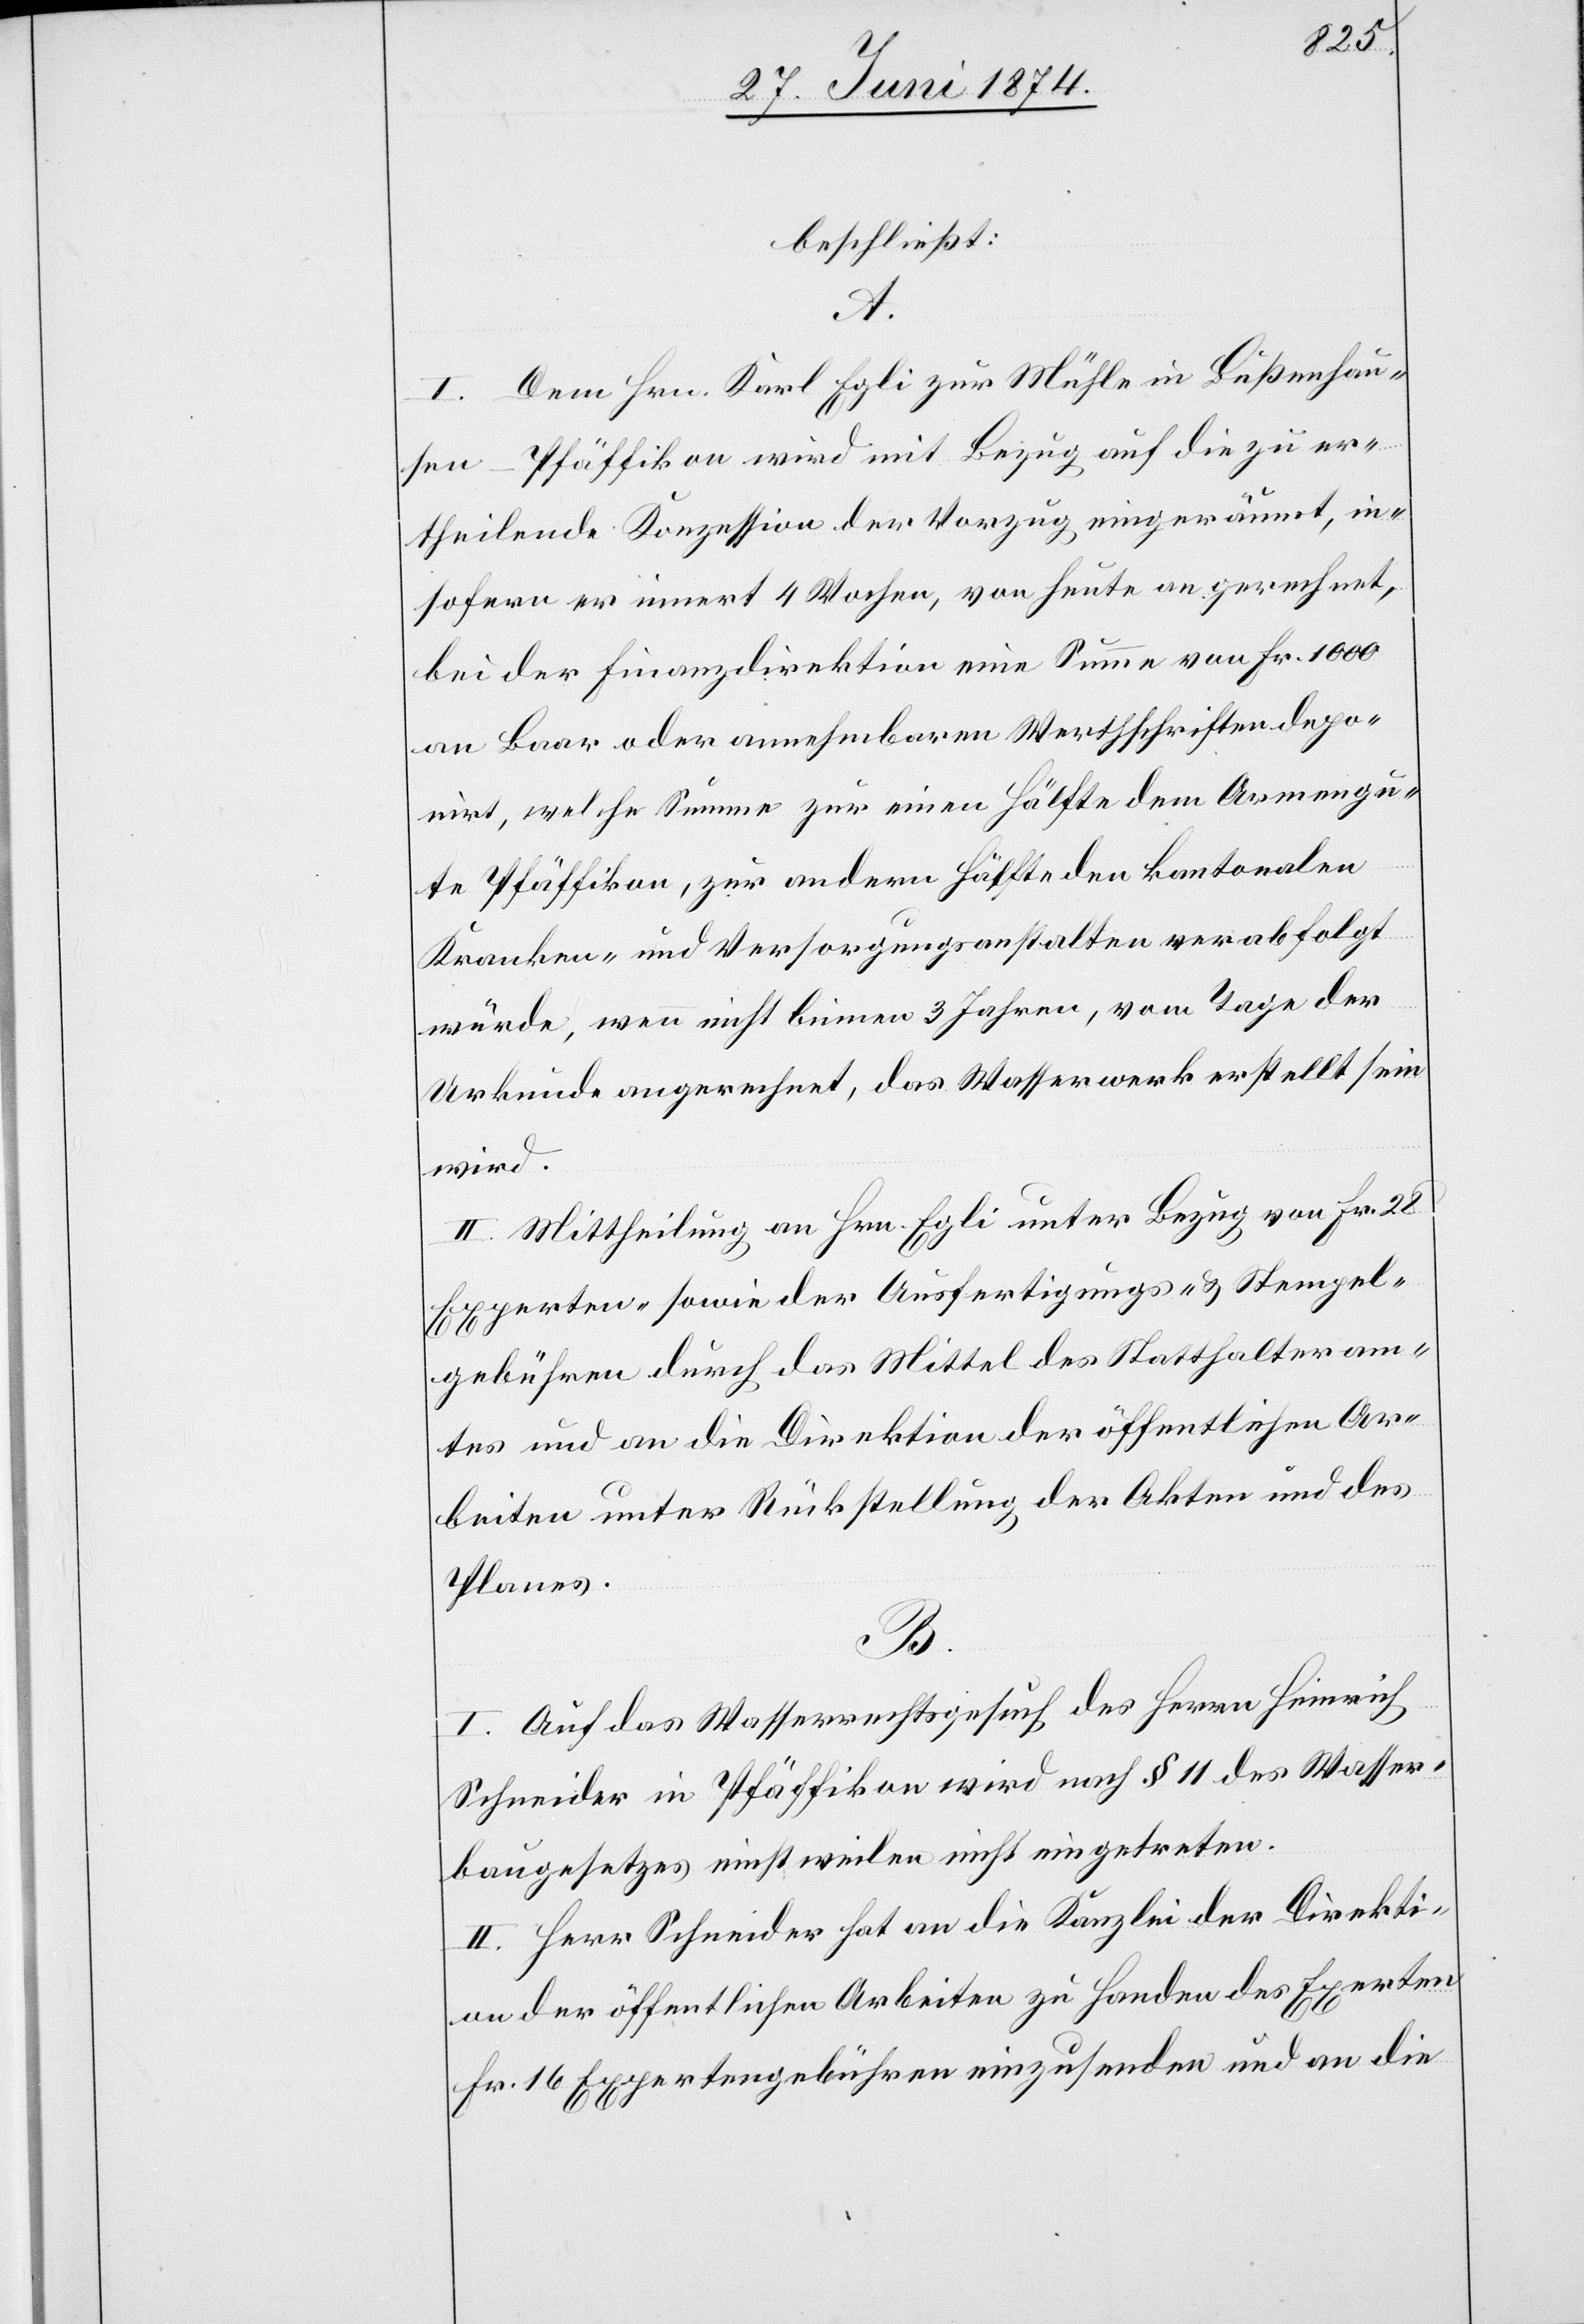
beschließt:
A.
I. Dem Hrn. Karl Egli zur Mühle in Bußenhau¬
sen-Pfäffikon wird mit Bezug auf die zu er¬
theilende Konzession der Vorzug eingeräumt, in¬
sofern er innert 4 Wochen, von heute an gerechnet,
bei der Finanzdirektion eine Summe von Fr. 1000
an Baar oder annehmbaren Wertschriften depo¬
nirt, welche Summe zur einen Hälfte dem Armengu¬
te Pfäffikon, zur andern Hälfte den kantonalen
Kranken- und Versorgungsanstalten verabfolgt
würde, wenn nicht binnen 3 Jahren, vom Tage der
Urkunde angerechnet, das Wasserwerk erstellt sein
wird.
II. Mittheilung an Hrn. Egli unter Bezug von Fr. 28
Experten-[,] sowie der Ausfertigungs- u. Stempel¬
gebühren durch das Mittel des Statthalteram¬
tes und an die Direktion der öffentlichen Ar¬
beiten unter Rückstellung der Akten und des
Planes.
B.
I. Auf das Wasserrechtsgesuch des Herrn Heinrich
Schneider in Pfäffikon wird nach § 11 des Wasser¬
baugesetzes einstweilen nicht eingetreten.
II. Herr Schneider hat an die Kanzlei der Direkti¬
on der öffentlichen Arbeiten zu Handen des Experten
Fr. 16 Expertengebühren einzusenden und an die